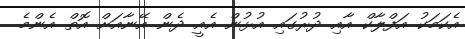
އެކަމަކު އަފްލާކް އާއި ދުރުގައި އުޅުން އެއީ ދެން އޭނާއަށް އޮތް އެންމެ